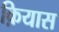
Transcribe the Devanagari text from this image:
क़ियास